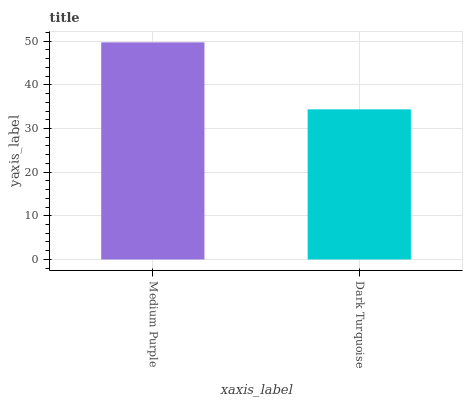
| xaxis_label | bars |
 | --- | --- |
 | Medium Purple | 49.7 |
 | Dark Turquoise | 34.4 |